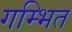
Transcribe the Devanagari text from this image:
गम्भित